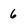
Character: 6